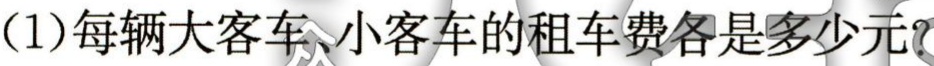
(1)每辆大客车、小客车的租车费各是多少元？